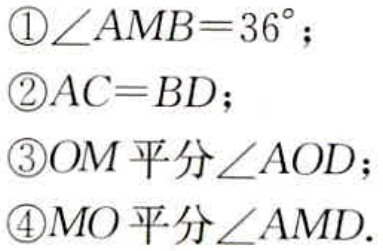
\textcircled{1}$\angle AMB = 36^{\circ}$；

\textcircled{2}$AC = BD$；

\textcircled{3}$OM$平分$\angle AOD$；

\textcircled{4}$MO$平分$\angle AMD$.